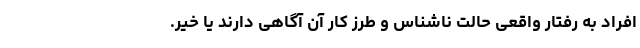
افراد به رفتار واقعی حالت ناشناس و طرز کار آن آگاهی دارند یا خیر.